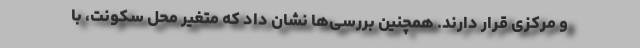
و مرکزی قرار دارند. همچنین بررسی‌ها نشان داد که متغیر محل سکونت، با